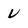
Character: V